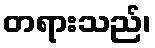
တရားသည်၊